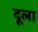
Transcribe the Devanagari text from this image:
दूला